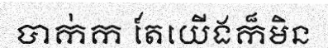
បាក់ក តែយើងក៏មិន